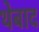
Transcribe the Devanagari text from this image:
थेबाद